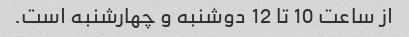
از ساعت 10 تا 12 دوشنبه و چهارشنبه است.